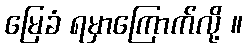
မြေခံ ရမှာကြောက်လို့ ။